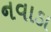
નવાડા